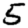
Digit: 5